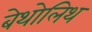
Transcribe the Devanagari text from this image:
बेथोलिथ